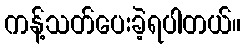
ကန့်သတ်ပေးခဲ့ရပါတယ်။